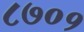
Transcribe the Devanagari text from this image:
८७०१